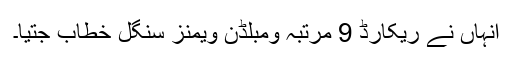
انہاں نے ریکارڈ 9 مرتبہ ومبلڈن ویمنز سنگل خطاب جِتیا۔